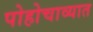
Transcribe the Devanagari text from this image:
पोहोचाव्यात